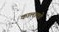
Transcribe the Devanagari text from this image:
कालावडे